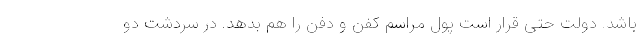
باشد. دولت حتی قرار است پول مراسم کفن و دفن را هم بدهد. در سردشت دو